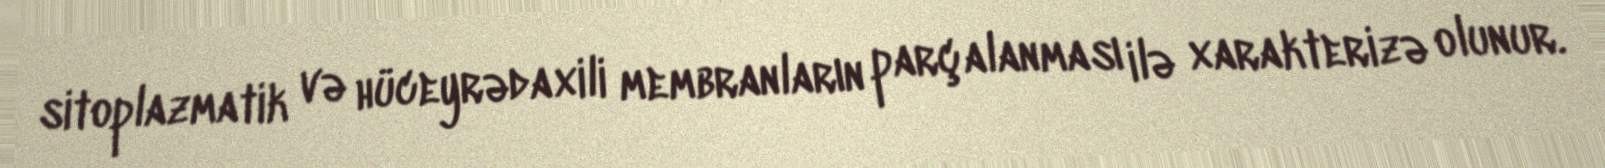
sitoplazmatik və hüceyrədaxili membranların parçalanması ilə xarakterizə olunur.